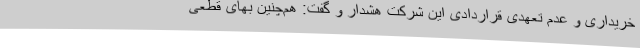
خریداری و عدم تعهدی قراردادی این شرکت هشدار و گفت: هم‌چنین بهای قطعی